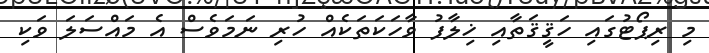
މި ރިޕޯޓުގައި ހަޤީޤަތާއި ޚިލާފު ވާހަކަތަކެއް ހުރި ނަމަވެސް އެ މައްސަލަ ވަކި